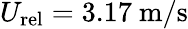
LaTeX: U_{\mathrm{rel}}=3.17~\mathrm{{m}/{s}}